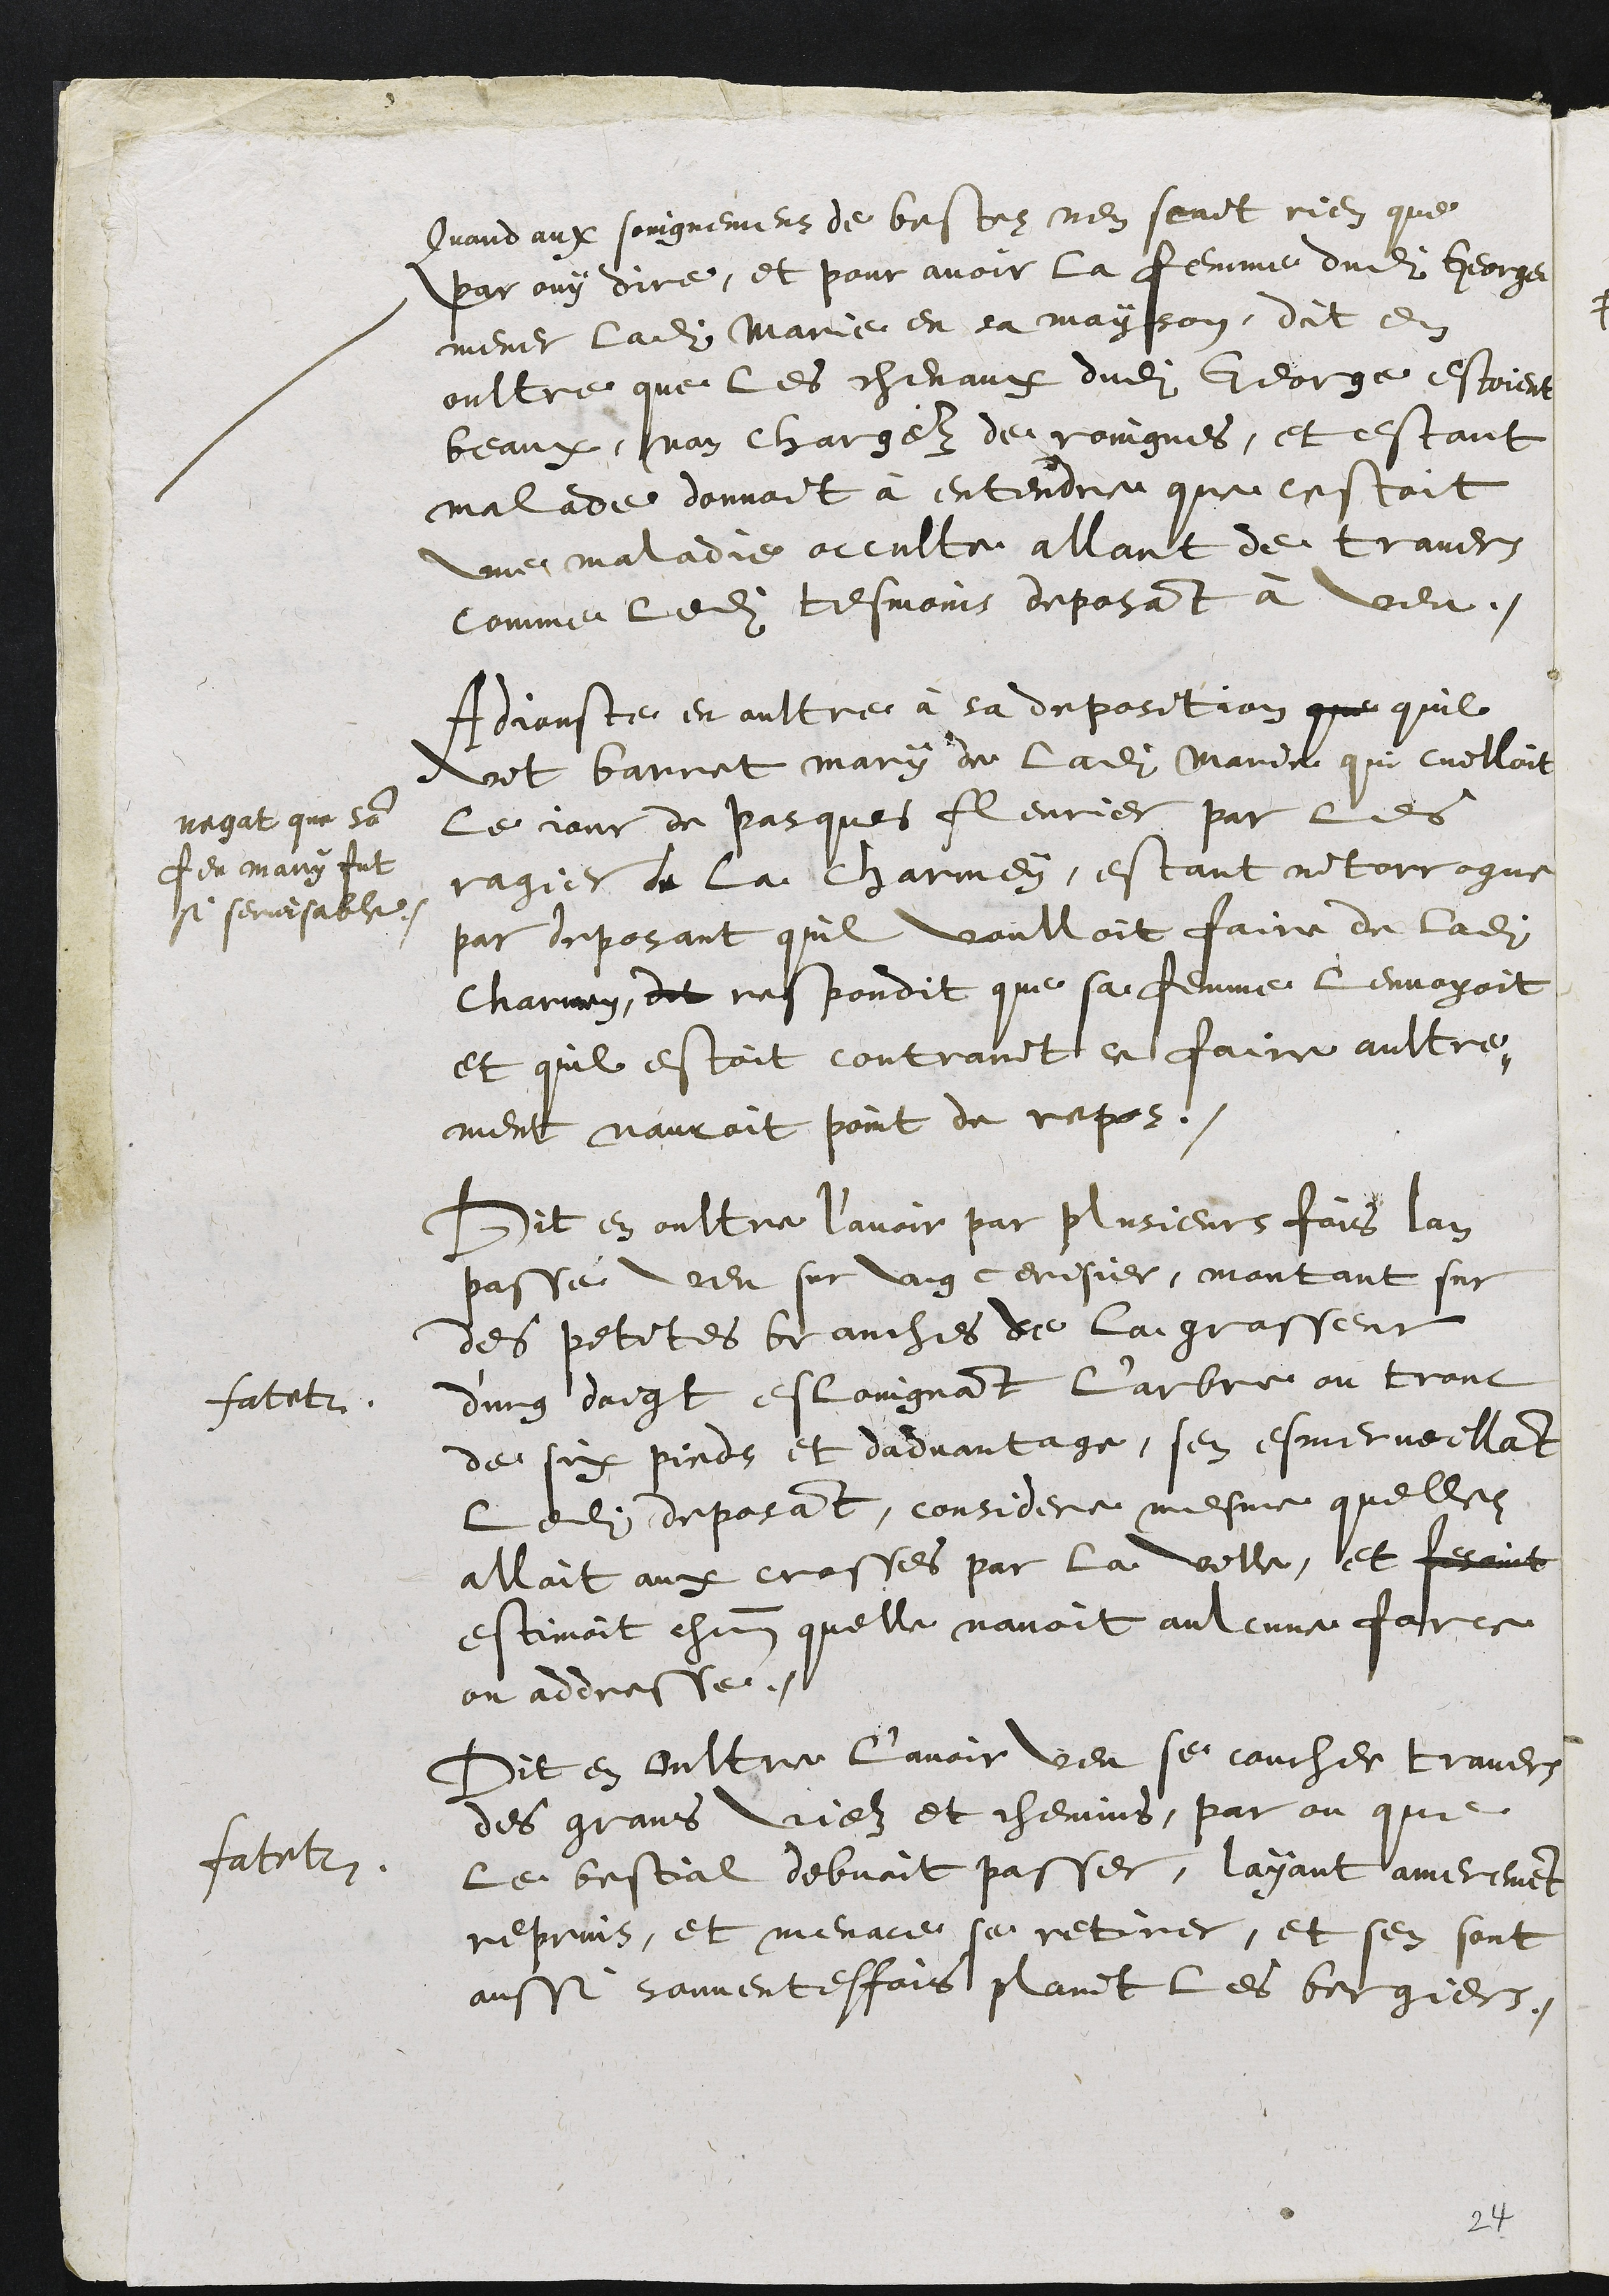
Quand aux soingnemens de bestes nen scait rien que
par ouy dire, et pour avoir la femme dudit George
mener ladite Marie en sa mayson, dict en
oultre que les chevaux dudit George estoient
beaux, non chargez de roingnes, et estant
malade donnoit à entendre que cestoit
une maladie occulte allant de travers
comme ledit tesmoins deposant à veu.
Adiouste en oultre à sa deposition que quil
 vit barrat mary de ladite Marie qui cuilloit
le iour de pasques fleuries par les
ragies de la charmey, estant interrogue
par deposant quil voulloit faire de ladite
charmey, dit respondit que sa femme lenvoyoit
et quil estoit contraint ce faire aultre-
ment nauroit point de repos.
negat que son
Feu mary fut
Si servisable.
Dit en oultre l’avoir par plusieurs fois lan
passé veu sur ung cerisier, montant sur
des petites branches de la grosseur
d’un doigt esloingnant l’arbre ou tronc
de six pieds et dadvantage, sen esmerveillant
ledit deposant, considere mesme quelle
alloit aux crosses par la ville, Et fesoit
estimoit chacun quelle navoit aulcune force
ou addresse.
fatetur.
Dit en oultre l’avoir veu se coucher travers
des grans viez et chemins, par ou que
le bestial debvoit passer, layant amerement
reprins, et menace se retirer, et sen sont
aussi souventesfois plaint les bergiers.
fatetur.